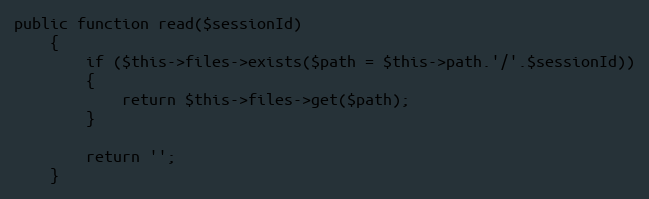
Language: PHP
public function read($sessionId)
	{
		if ($this->files->exists($path = $this->path.'/'.$sessionId))
		{
			return $this->files->get($path);
		}

		return '';
	}